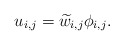
\begin{align*}u_{i,j} = \widetilde{w}_{i,j} \phi_{i,j}.\end{align*}